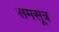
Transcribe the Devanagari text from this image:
समसूत्र